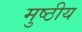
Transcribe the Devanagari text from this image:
मुष्ठीय